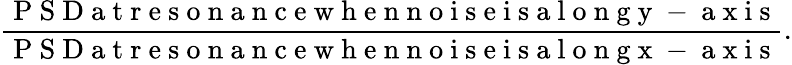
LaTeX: \frac{\mathrm{~P~S~D~a~t~r~e~s~o~n~a~n~c~e~w~h~e~n~n~o~i~s~e~i~s~a~l~o~n~g~y~-~a~x~i~s~}}{\mathrm{~P~S~D~a~t~r~e~s~o~n~a~n~c~e~w~h~e~n~n~o~i~s~e~i~s~a~l~o~n~g~x~-~a~x~i~s~}}.